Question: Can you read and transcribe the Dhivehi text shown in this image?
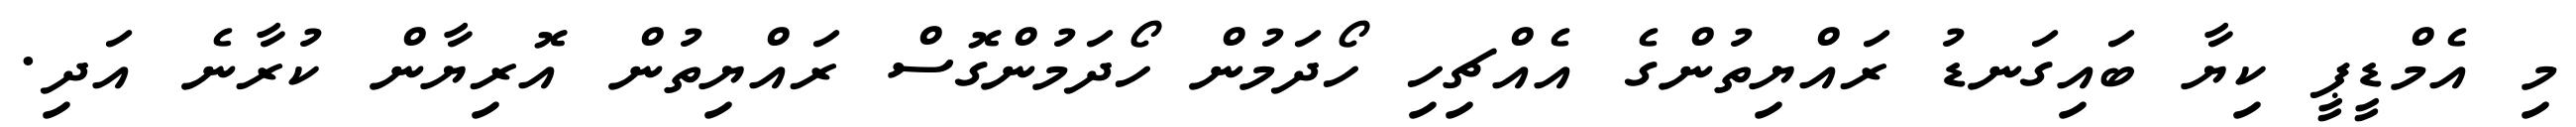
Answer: މި އެމްޑީޕީ ކިޔާ ބައިގަނޑު ރައްޔިތުންގެ އެއްޗިހި ހޯދަމުން ހޯދަމުންގޮސް ރައްޔިތުން އޮރިޔާން ކުރާނެ އަދި.